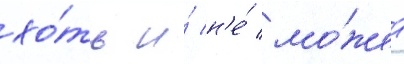
хо́ть и́ н'е́ мо́жет